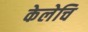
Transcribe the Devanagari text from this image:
केलेचि